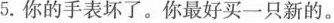
5.你的手表坏了。你最好买一只新的。